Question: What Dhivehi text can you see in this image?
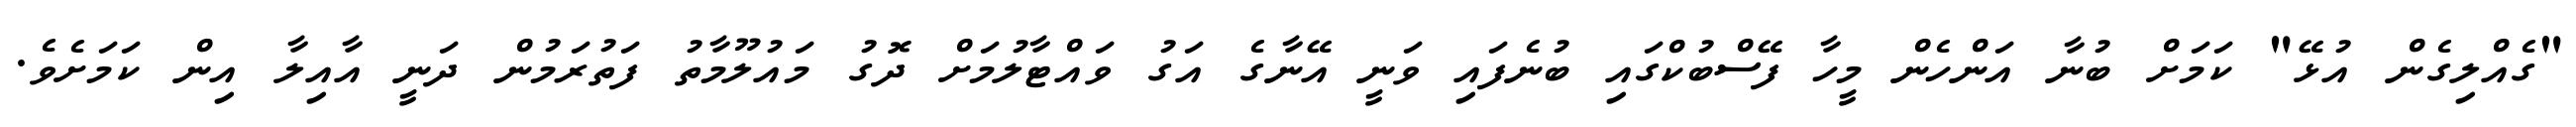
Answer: "ގެއްލިގެން އުޅޭ" ކަމަށް ބުނާ އަންހެން މީހާ ފޭސްބުކްގައި ބުނެފައި ވަނީ އޭނާގެ އަގު ވައްޓާލުމަށް ދޮގު މައުލޫމާތު ފަތުރަމުން ދަނީ އާއިލާ އިން ކަމަށެވެ.